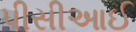
પીસીઆઈ